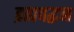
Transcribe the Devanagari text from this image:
ब्रह्मवद्धन